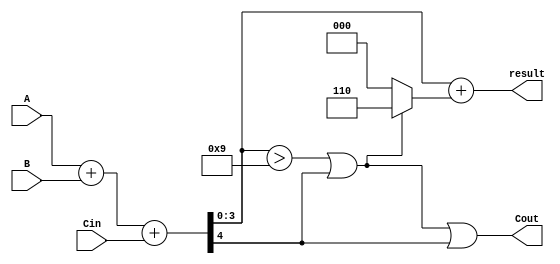
module BCD_Hybrid_Adder (
    input  [3:0] A,      // First BCD digit
    input  [3:0] B,      // Second BCD digit
    input        Cin,     // Carry-in
    output [3:0] result,  // BCD result
    output       Cout      // Carry-out
);
    wire [4:0] sum;       // 5-bit sum to accommodate carry
    wire correction;       // Correction needed signal

    // Binary Adder
    assign sum = A + B + Cin; // Add A, B, and Cin

    // Correction logic: Check if sum > 9 or carry-out is high
    assign correction = (sum[3:0] > 4'b1001) || sum[4];

    // BCD Correction: If correction needed, add 6 (0110)
    assign result = sum[3:0] + (correction ? 4'b0110 : 4'b0000);
    assign Cout = correction || sum[4]; // Carry-out if correction is needed or overflow

endmodule